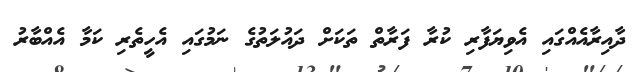
ދާއިރާއެއްގައި އެވިޔަފާރި ކުރާ ފަރާތް ތަކަށް ދައުލަތުގެ ނަމުގައި އެހީތެރި ކަމާ އެއްބާރު